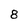
Character: 8